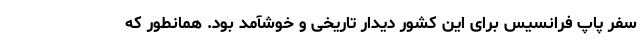
سفر پاپ فرانسیس برای این کشور دیدار تاریخی و خوشآمد بود. همانطور که